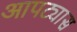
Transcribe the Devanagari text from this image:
आपट्यास